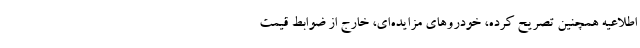
اطلاعیه همچنین تصریح کرده، خودروهای مزایده‌ای، خارج از ضوابط قیمت